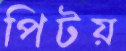
পিটয়